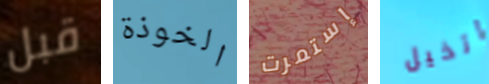
قبل الخوذة إستمرت اتخيل